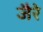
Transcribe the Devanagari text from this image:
जैरे